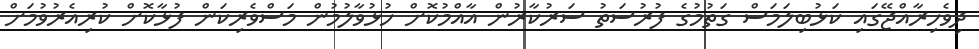
ދިވެހިރާއްޖޭގައި ކަޅުބިލަމަސް ގަތުމުގެ ފުރުސަތު ސަރުކާރުން އާއްމުކޮށް ހުޅުވާލުމުން މަސްވެރިކަން ފުޅާކޮށް ކުރިއެރުވުމަށް